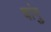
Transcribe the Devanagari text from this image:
चांगु